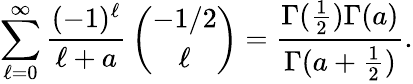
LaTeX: \sum_{\ell=0}^{\infty}{\frac{(-1)^{\ell}}{\ell+a}}\left(\begin{array}{c}{{-1/2}}\\ {{\ell}}\end{array}\right)={\frac{\Gamma({\frac{1}{2}})\Gamma(a)}{\Gamma(a+{\frac{1}{2}})}}.